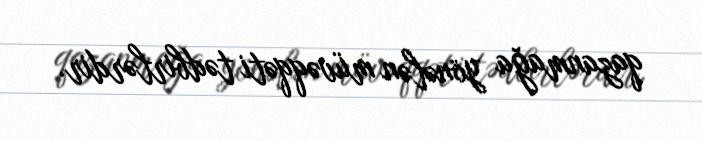
qazanmağa yönələn müvəqqəti tədbirlərdir.